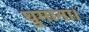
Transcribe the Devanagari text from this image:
घुमाना।